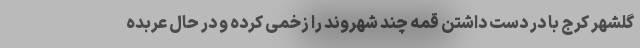
گلشهر کرج با در دست داشتن قمه چند شهروند را زخمی کرده و در حال عربده